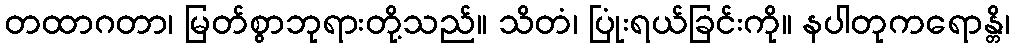
တထာဂတာ၊ မြတ်စွာဘုရားတို့သည်။ သိတံ၊ ပြုံးရယ်ခြင်းကို။ နပါတုကရောန္တိ၊